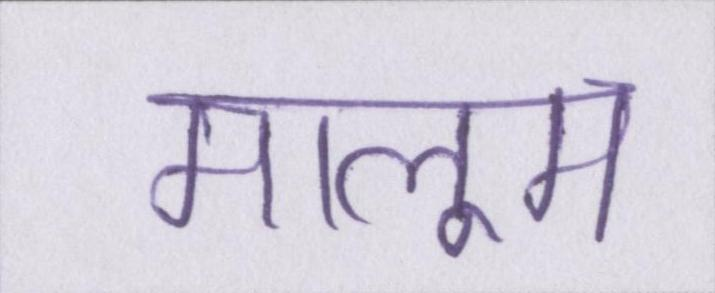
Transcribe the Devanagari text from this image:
मालूम